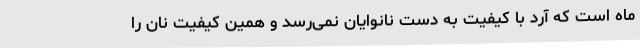
ماه است که آرد با کیفیت به دست نانوایان نمی‌رسد و همین کیفیت نان را